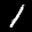
Digit: 1